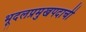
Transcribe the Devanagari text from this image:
भूदलप्रमुखपदाची